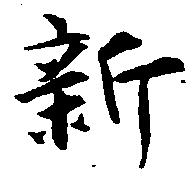
新